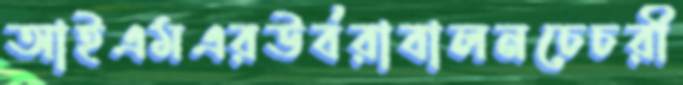
আইএমএরউর্বরাবালনচেচরী